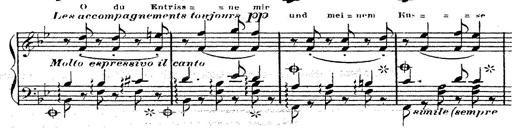
Title: 12 Lieder von Franz Schubert
Composer: Franz Liszt